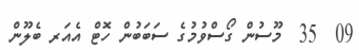
09  35  މޫސުން ގޯސްވުމުގެ ސަބަބުން ހޮޓް އެއަރ ބެލޫން